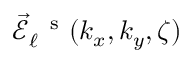
\vec { \mathcal { E } } _ { \ell } ^ { \mathrm { ~ \, ~ s ~ } } ( k _ { x } , k _ { y } , \zeta )